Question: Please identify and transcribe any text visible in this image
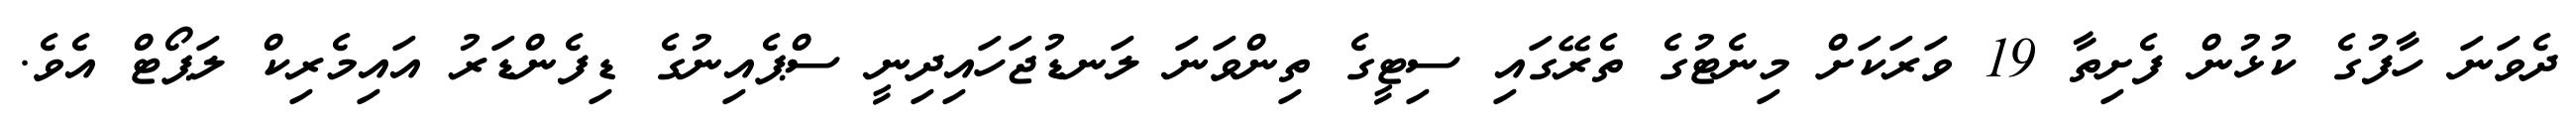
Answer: ދެވަނަ ހާފުގެ ކުޅުން ފެށިތާ 19 ވަރަކަށް މިނެޓުގެ ތެރޭގައި ސިޓީގެ ތިންވަނަ ލަނޑުޖަހައިދިނީ ސްޕެއިނުގެ ޑިފެންޑަރު އައިމެރިކް ލަޕޯޓް އެވެ.